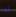
لذا